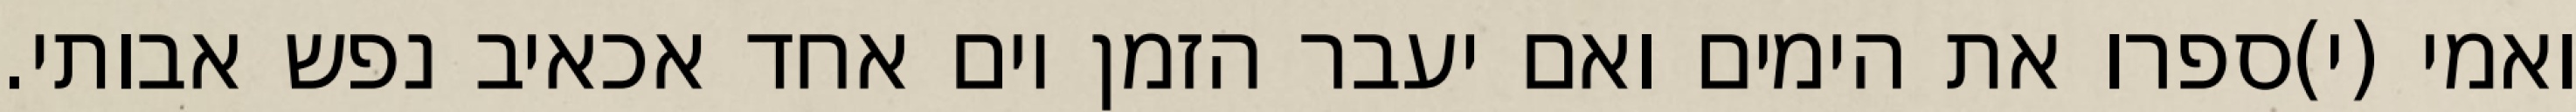
ואמי (י)ספרו את הימים ואם יעבר הזמן יום אחד אכאיב נפש אבותי.